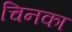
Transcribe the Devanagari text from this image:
चिनका